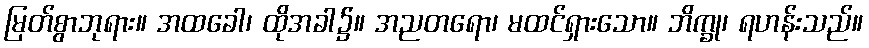
မြတ်စွာဘုရား။ အထခေါ၊ ထိုအခါ၌။ အညတရော၊ မထင်ရှားသော။ ဘိက္ခု၊ ရဟန်းသည်။